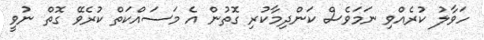
ހަވާލު ކުރެއްވި ނަމަވެސް ކަންދިމާކުރި ގޮތުން އެ މަސައްކަތް ކުރެވޭ ގޮތް ނުވީ